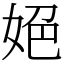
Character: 𡜆